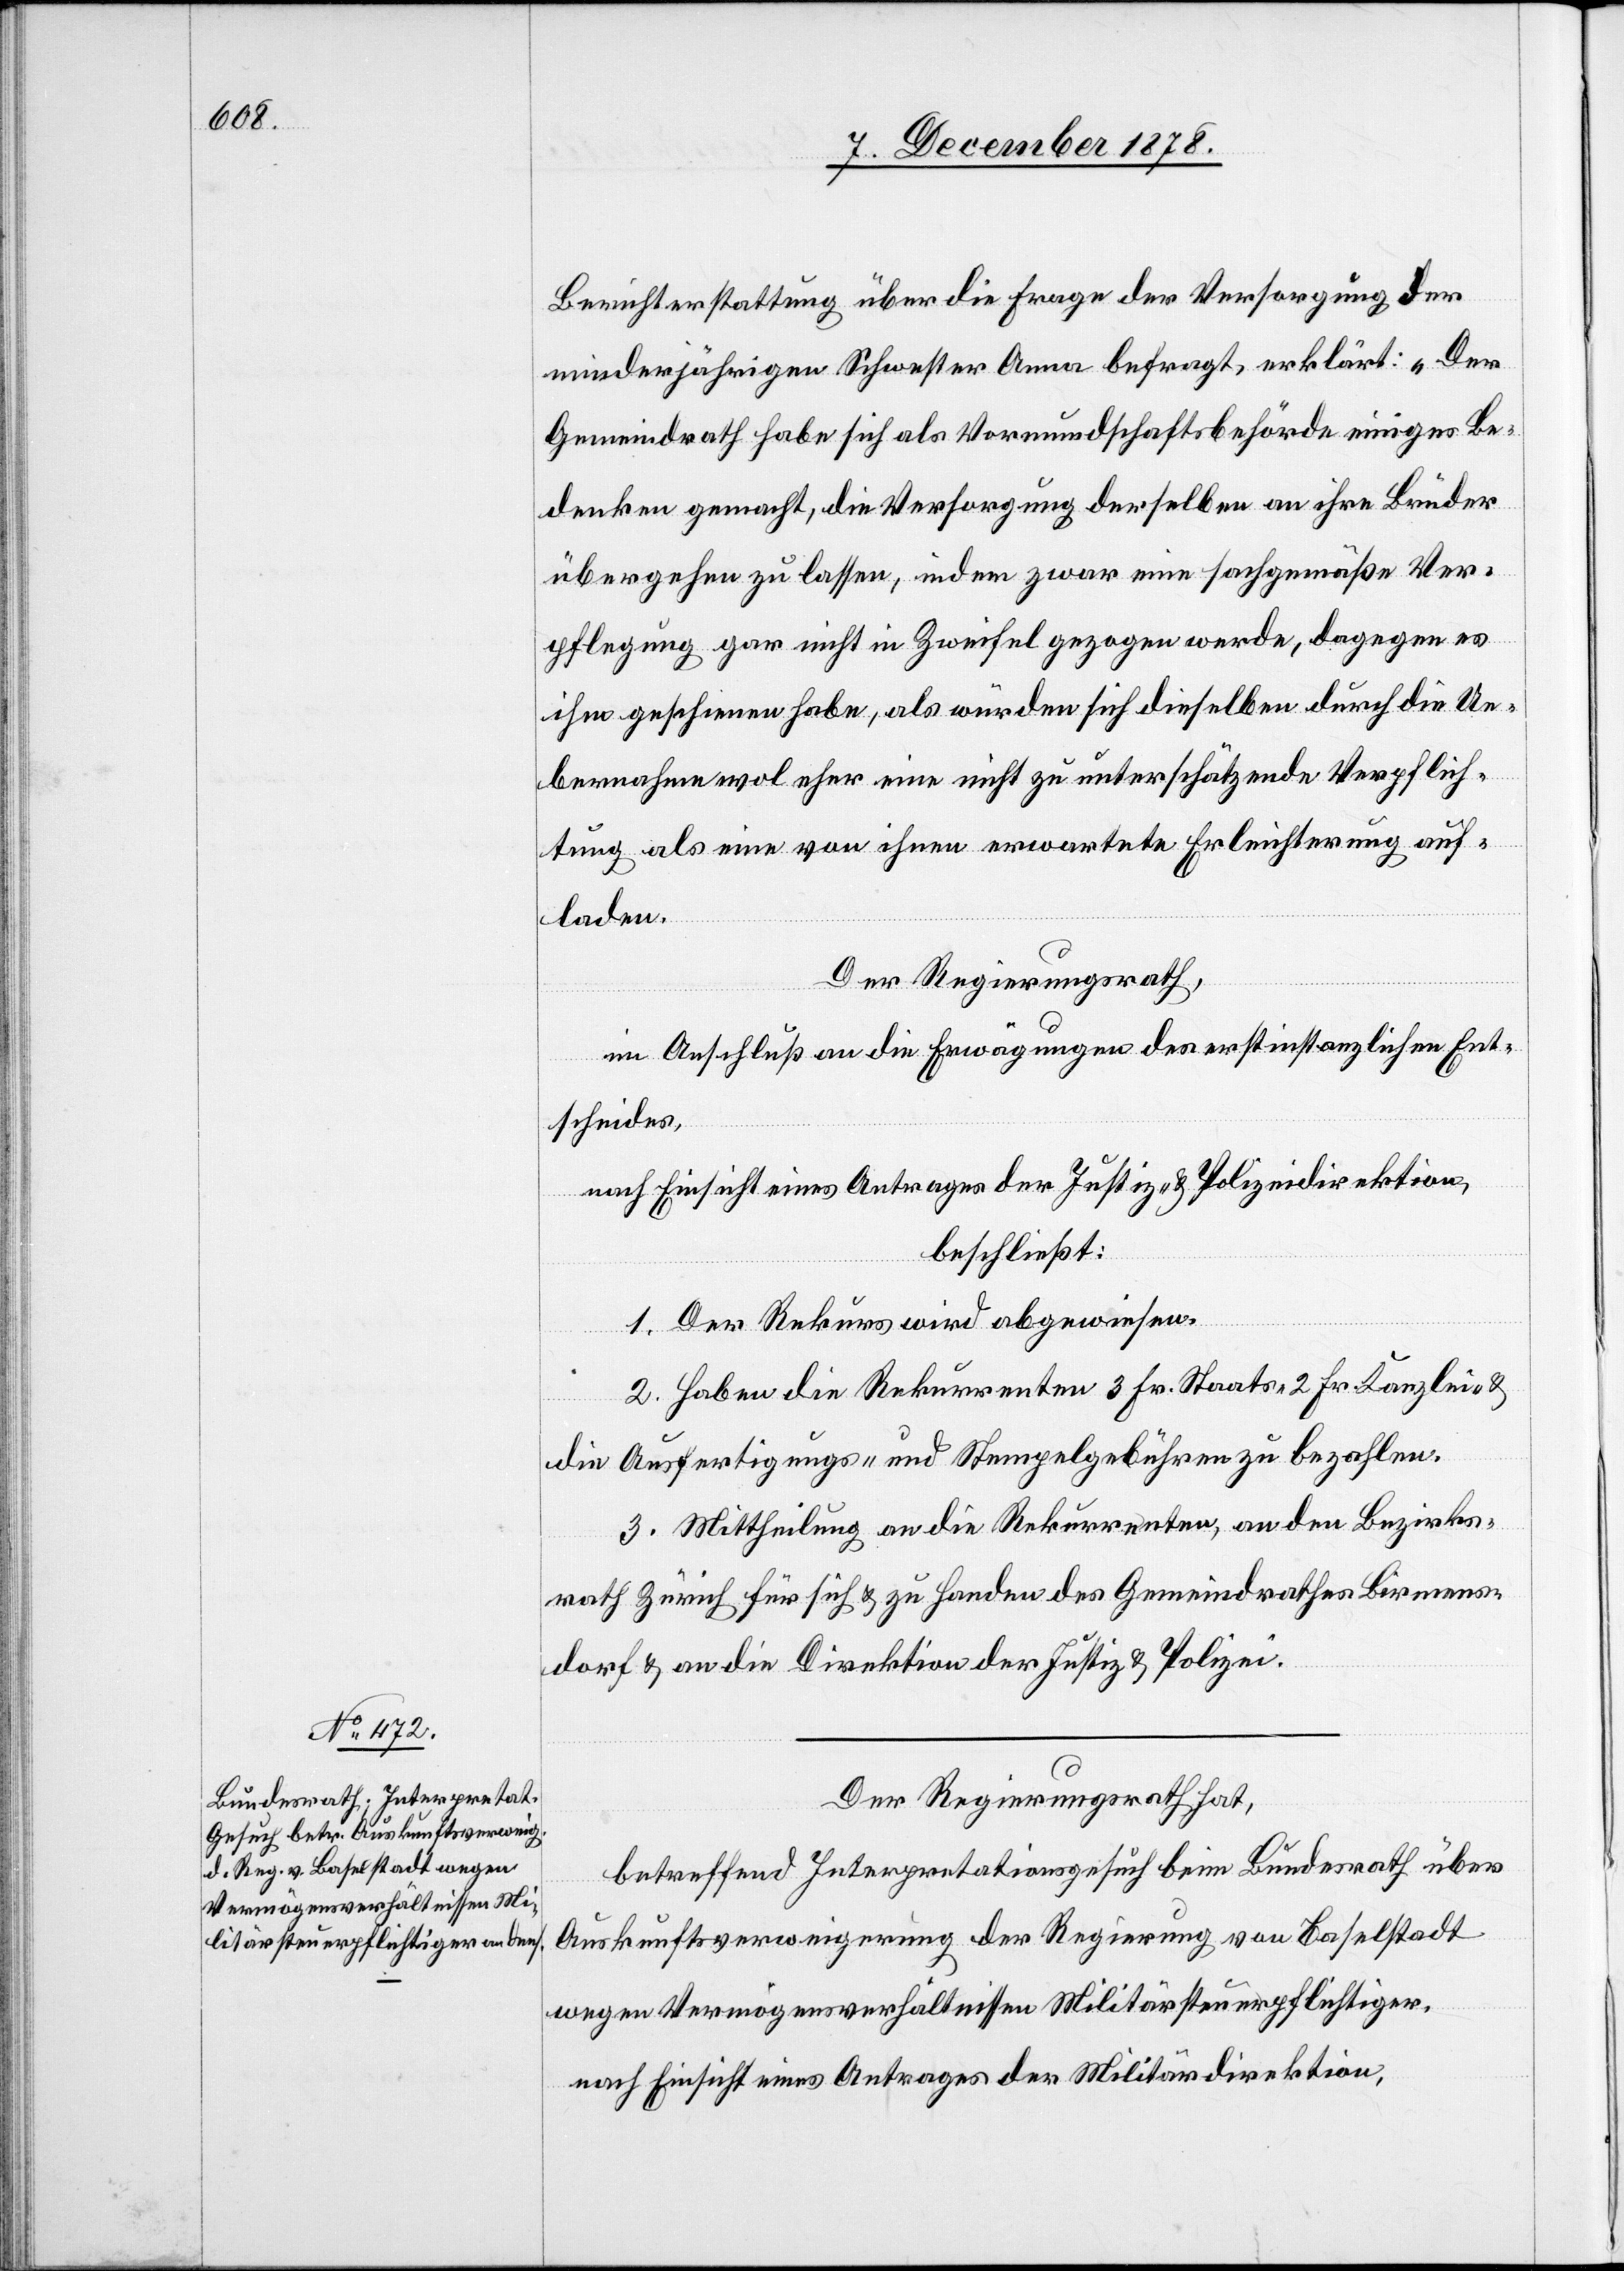
Berichterstattung über die Frage der Versorgung der
minderjährigen Schwester Anna befragt, erklärt: „Der
Gemeindrath habe sich als Vormundschaftsbehörde einiges Be¬
denken gemacht, die Versorgung derselben an ihre Brüder
übergehen zu lassen, indem zwar eine sachgemäße Ver¬
pflegung gar nicht in Zweifel gezogen werde, dagegen es
ihm geschienen habe, als würden sich dieselben durch die Ue¬
bernahme wol eher eine nicht zu unterschätzende Verpflich¬
tung als eine von ihnen erwartete Erleichterung auf¬
laden.
Der Regierungsrath,
im Anschluß an die Erwägungen des erstinstanzlichen Ent¬
scheides,
nach Einsicht eines Antrages der Justiz- & Polizeidirektion,
beschließt:
1. Der Rekurs wird abgewiesen.
2. Haben die Rekurrenten 3 Fr. Staats-[,] 2 Fr. Kanzlei- &
die Ausfertigungs- und Stempelgebühren zu bezahlen.
3. Mittheilung an die Rekurrenten, an den Bezirks¬
rath Zürich für sich & zu Handen des Gemeindrathes Birmens¬
dorf & an die Direktion der Justiz & Polizei.
Der Regierungsrath hat,
betreffend Interpretationsgesuch beim Bundesrath über
Auskunftsverweigerung der Regierung von Baselstadt
wegen Vermögensverhältnissen Militärsteuerpflichtiger,
nach Einsicht eines Antrages der Militärdirektion,